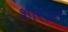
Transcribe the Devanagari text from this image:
शीरज़न